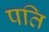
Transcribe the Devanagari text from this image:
पति